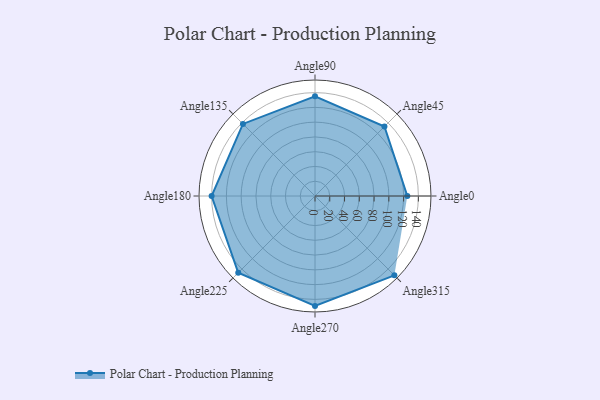
{"axis": {"x": "Angle", "y": "Radius"}, "legend": [""], "data": [{"x": "Angle0", "y": 125.0, "type": ""}, {"x": "Angle45", "y": 133.0, "type": ""}, {"x": "Angle90", "y": 135.0, "type": ""}, {"x": "Angle135", "y": 138.0, "type": ""}, {"x": "Angle180", "y": 140.0, "type": ""}, {"x": "Angle225", "y": 147.0, "type": ""}, {"x": "Angle270", "y": 149.0, "type": ""}, {"x": "Angle315", "y": 152.0, "type": ""}]}